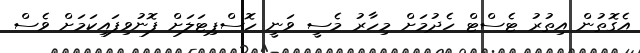
އެގޮތުން އިތުރު ޓެސްޓް ހެދުމަށް މިހާރު މެސީ ވަނީ ހޮސްޕިޓަލަށް ފޮނުވިފައިކަމަށް ވެސް